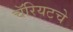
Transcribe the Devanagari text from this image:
चॅरियटचे